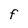
Character: F